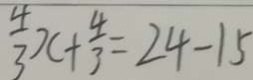
\frac { 4 } { 3 } x + \frac { 4 } { 3 } = 2 4 - 1 5